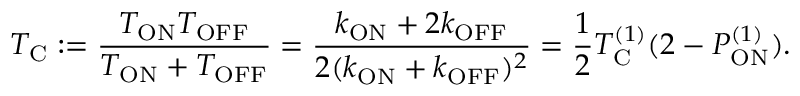
T _ { \mathrm { C } } : = \frac { T _ { \mathrm { O N } } T _ { \mathrm { O F F } } } { T _ { \mathrm { O N } } + T _ { \mathrm { O F F } } } = \frac { k _ { \mathrm { O N } } + 2 k _ { \mathrm { O F F } } } { 2 ( k _ { \mathrm { O N } } + k _ { \mathrm { O F F } } ) ^ { 2 } } = \frac { 1 } { 2 } T _ { \mathrm { C } } ^ { ( 1 ) } ( 2 - P _ { \mathrm { O N } } ^ { ( 1 ) } ) .